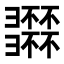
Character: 𢑽